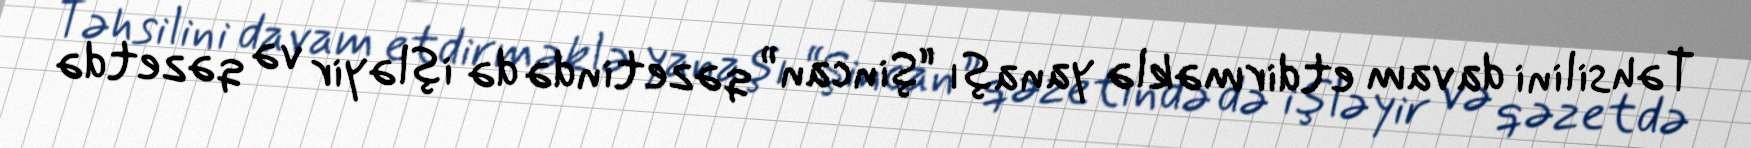
Təhsilini davam etdirməklə yanaşı “Şincan” qəzetində də işləyir və qəzetdə